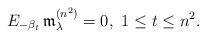
LaTeX: \begin{align*}\begin{aligned}E_{-\beta_t}\, \mathfrak{m}_\lambda^{(n^2)}=0, \ 1\leq t\leq n^2.\end{aligned}\end{align*}